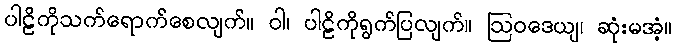
ပါဠိကိုသက်ရောက်စေလျက်။ ဝါ၊ ပါဠိကိုရွက်ပြလျက်။ ဩဝဒေယျ၊ ဆုံးမအံ့။